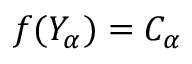
f ( Y _ { \alpha } ) = C _ { \alpha }